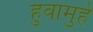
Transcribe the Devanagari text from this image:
हुवामुहे